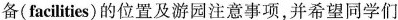
备(facilities)的位置及游园注意事项，并希望同学们